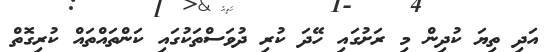
އަދި ތިޔަ ކުދިން މި ރަށުގައި ހޭދަ ކުރި ދުވަސްތަކުގައި ކަންތައްތައް ކުރިގޮތް